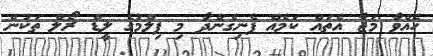
ހެއްވާ މަޖާ އެތައް ކަމެއް ފެނިގެންދާ މި ފިލްމުގެ ލީޑް ރޯލް ތަކުން